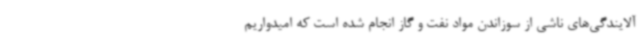
آلایندگی‌های ناشی از سوزاندن مواد نفت و گاز انجام شده است که امیدواریم